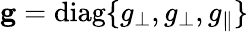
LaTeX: \mathbf{g}=\textrm{diag}\{ g_{\perp},g_{\perp},g_{\parallel}\}